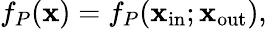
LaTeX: f_{P}(\mathbf{x})=f_{P}(\mathbf{x}_{\mathrm{{in}}};\mathbf{x}_{\mathrm{{out}}}),